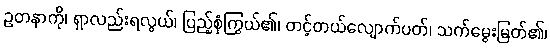
ဥတနာကို၊ ရှာလည်းရလွယ်၊ ပြည့်စုံကြွယ်၏၊ တင့်တယ်လျောက်ပတ်၊ သက်မွေးမြတ်၏၊